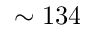
\sim 1 3 4